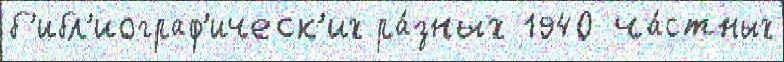
б'ибл'иограф'ическ'их ра́зных 1940 ча́стных